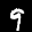
Label: 9